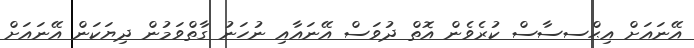
އޭނައަށް އިޙްސސާސް ކުރެވެން އޮތް ދުވަސް އޭނައާއި ނުހަނު ގާތްވަމުން ދިޔަކަން އޭނައަށް